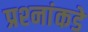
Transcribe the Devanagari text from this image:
प्रश्‍नांकडे